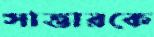
সাত্তারকে